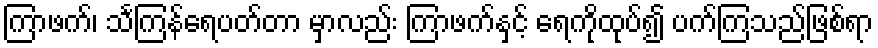
ကြာဖက်၊ သင်္ကြန်ရေပတ်တာ မှာလည်း ကြာဖက်နှင့် ရေကိုထုပ်၍ ပက်ကြသည်ဖြစ်ရာ